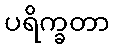
ပရိက္ခတာ